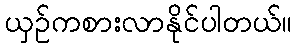
ယှဉ်ကစားလာနိုင်ပါတယ်။